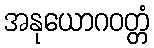
အနုယောဂဝတ္တံ